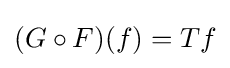
(G\circ F)(f)=Tf